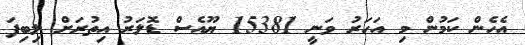
އެހެން ކަމުން މި އަހަރު ވަނީ 15381 ޔޫއެސް ޑޮލަރު އިތުރަށް ލިބިފަ